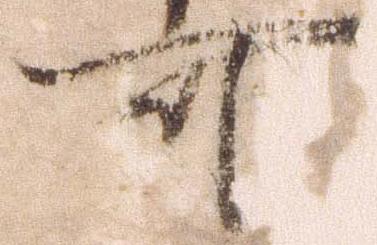
可